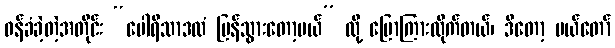
ဝန်ခံခဲ့တဲ့အတိုင်း “ပေါရိသာဒထံ ပြန်သွားတော့မယ်” လို့ ပြောကြားလိုက်တယ်၊ ဒီတော့ မယ်တော်